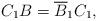
LaTeX: \begin{align*}C_1B=\overline B_1 C_1, \end{align*}